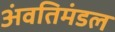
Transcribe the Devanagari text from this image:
अंवतिमंडल